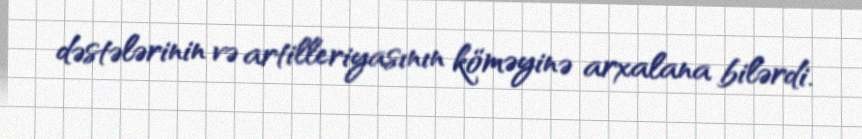
dəstələrinin və artilleriyasının köməyinə arxalana bilərdi.